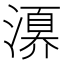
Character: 𣽀